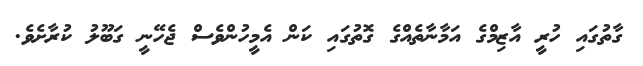
ގާތުގައި ހުރީ އާޒިމްގެ އަމާނާތެއްގެ ގޮތުގައި ކަން އެމީހުންވެސް ޖެހޭނީ ގަބޫލު ކުރާށެވެ.